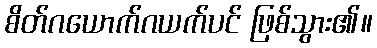
စိတ်ဂယောက်ဂယက်ပင် ဖြစ်သွား၏။